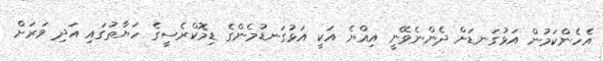
އެހެންކަމުން އަޅުގަނޑަށް ދެންނެވޭނީ އިއްޔެ އަކީ އަޅުގަނޑުމެންގެ ޑިމޮކްރެސީގެ ހަޔާތުގައި އަދި ވަރަށް